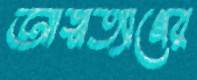
আত্মত্যাগের